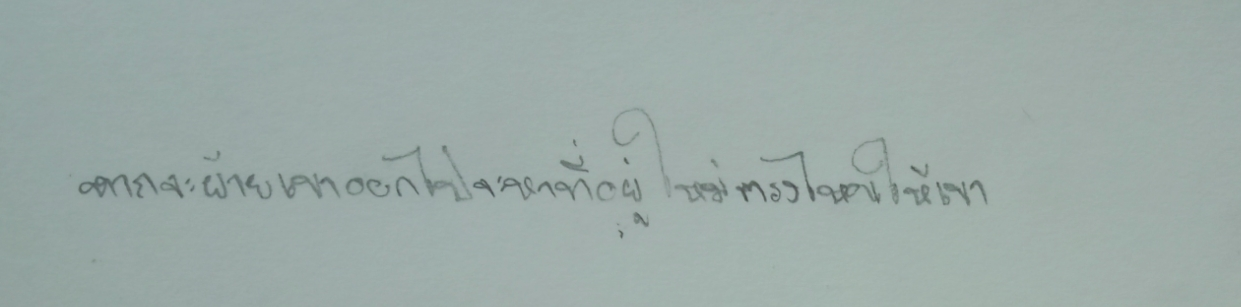
หากจะย้ายเขาออกไปจะหาที่อยู่ใหม่ตรงไหนให้เขา